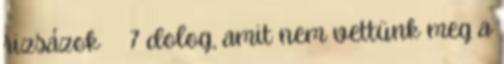
rizsázok 7 dolog, amit nem vettünk meg a